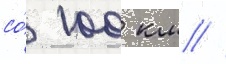
со́ 100 км //